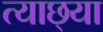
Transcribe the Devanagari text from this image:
त्याछ्या